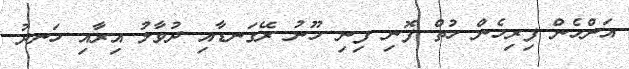
އަންހެން ފިރިހެން ހުތް ފޮނި ފިނި ހޫނު ރޭގަނޑާއި ދުވާލު އިރާއި ހަނދު